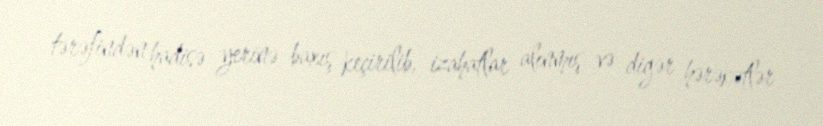
tərəfindən hadisə yerinə baxış keçirilib, izahatlar alınmış və digər hərəkətlər